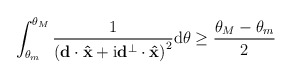
\begin{align*}\int_{\theta_{m}}^{\theta_M}\frac{1}{\left(\mathbf d\cdot \mathbf{\hat x}+\mathrm i \mathbf{d}^\perp \cdot \mathbf{\hat x} \right)^2}\mathrm d \theta\geq \frac{\theta_M-\theta_m }{2}\end{align*}